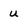
Character: u